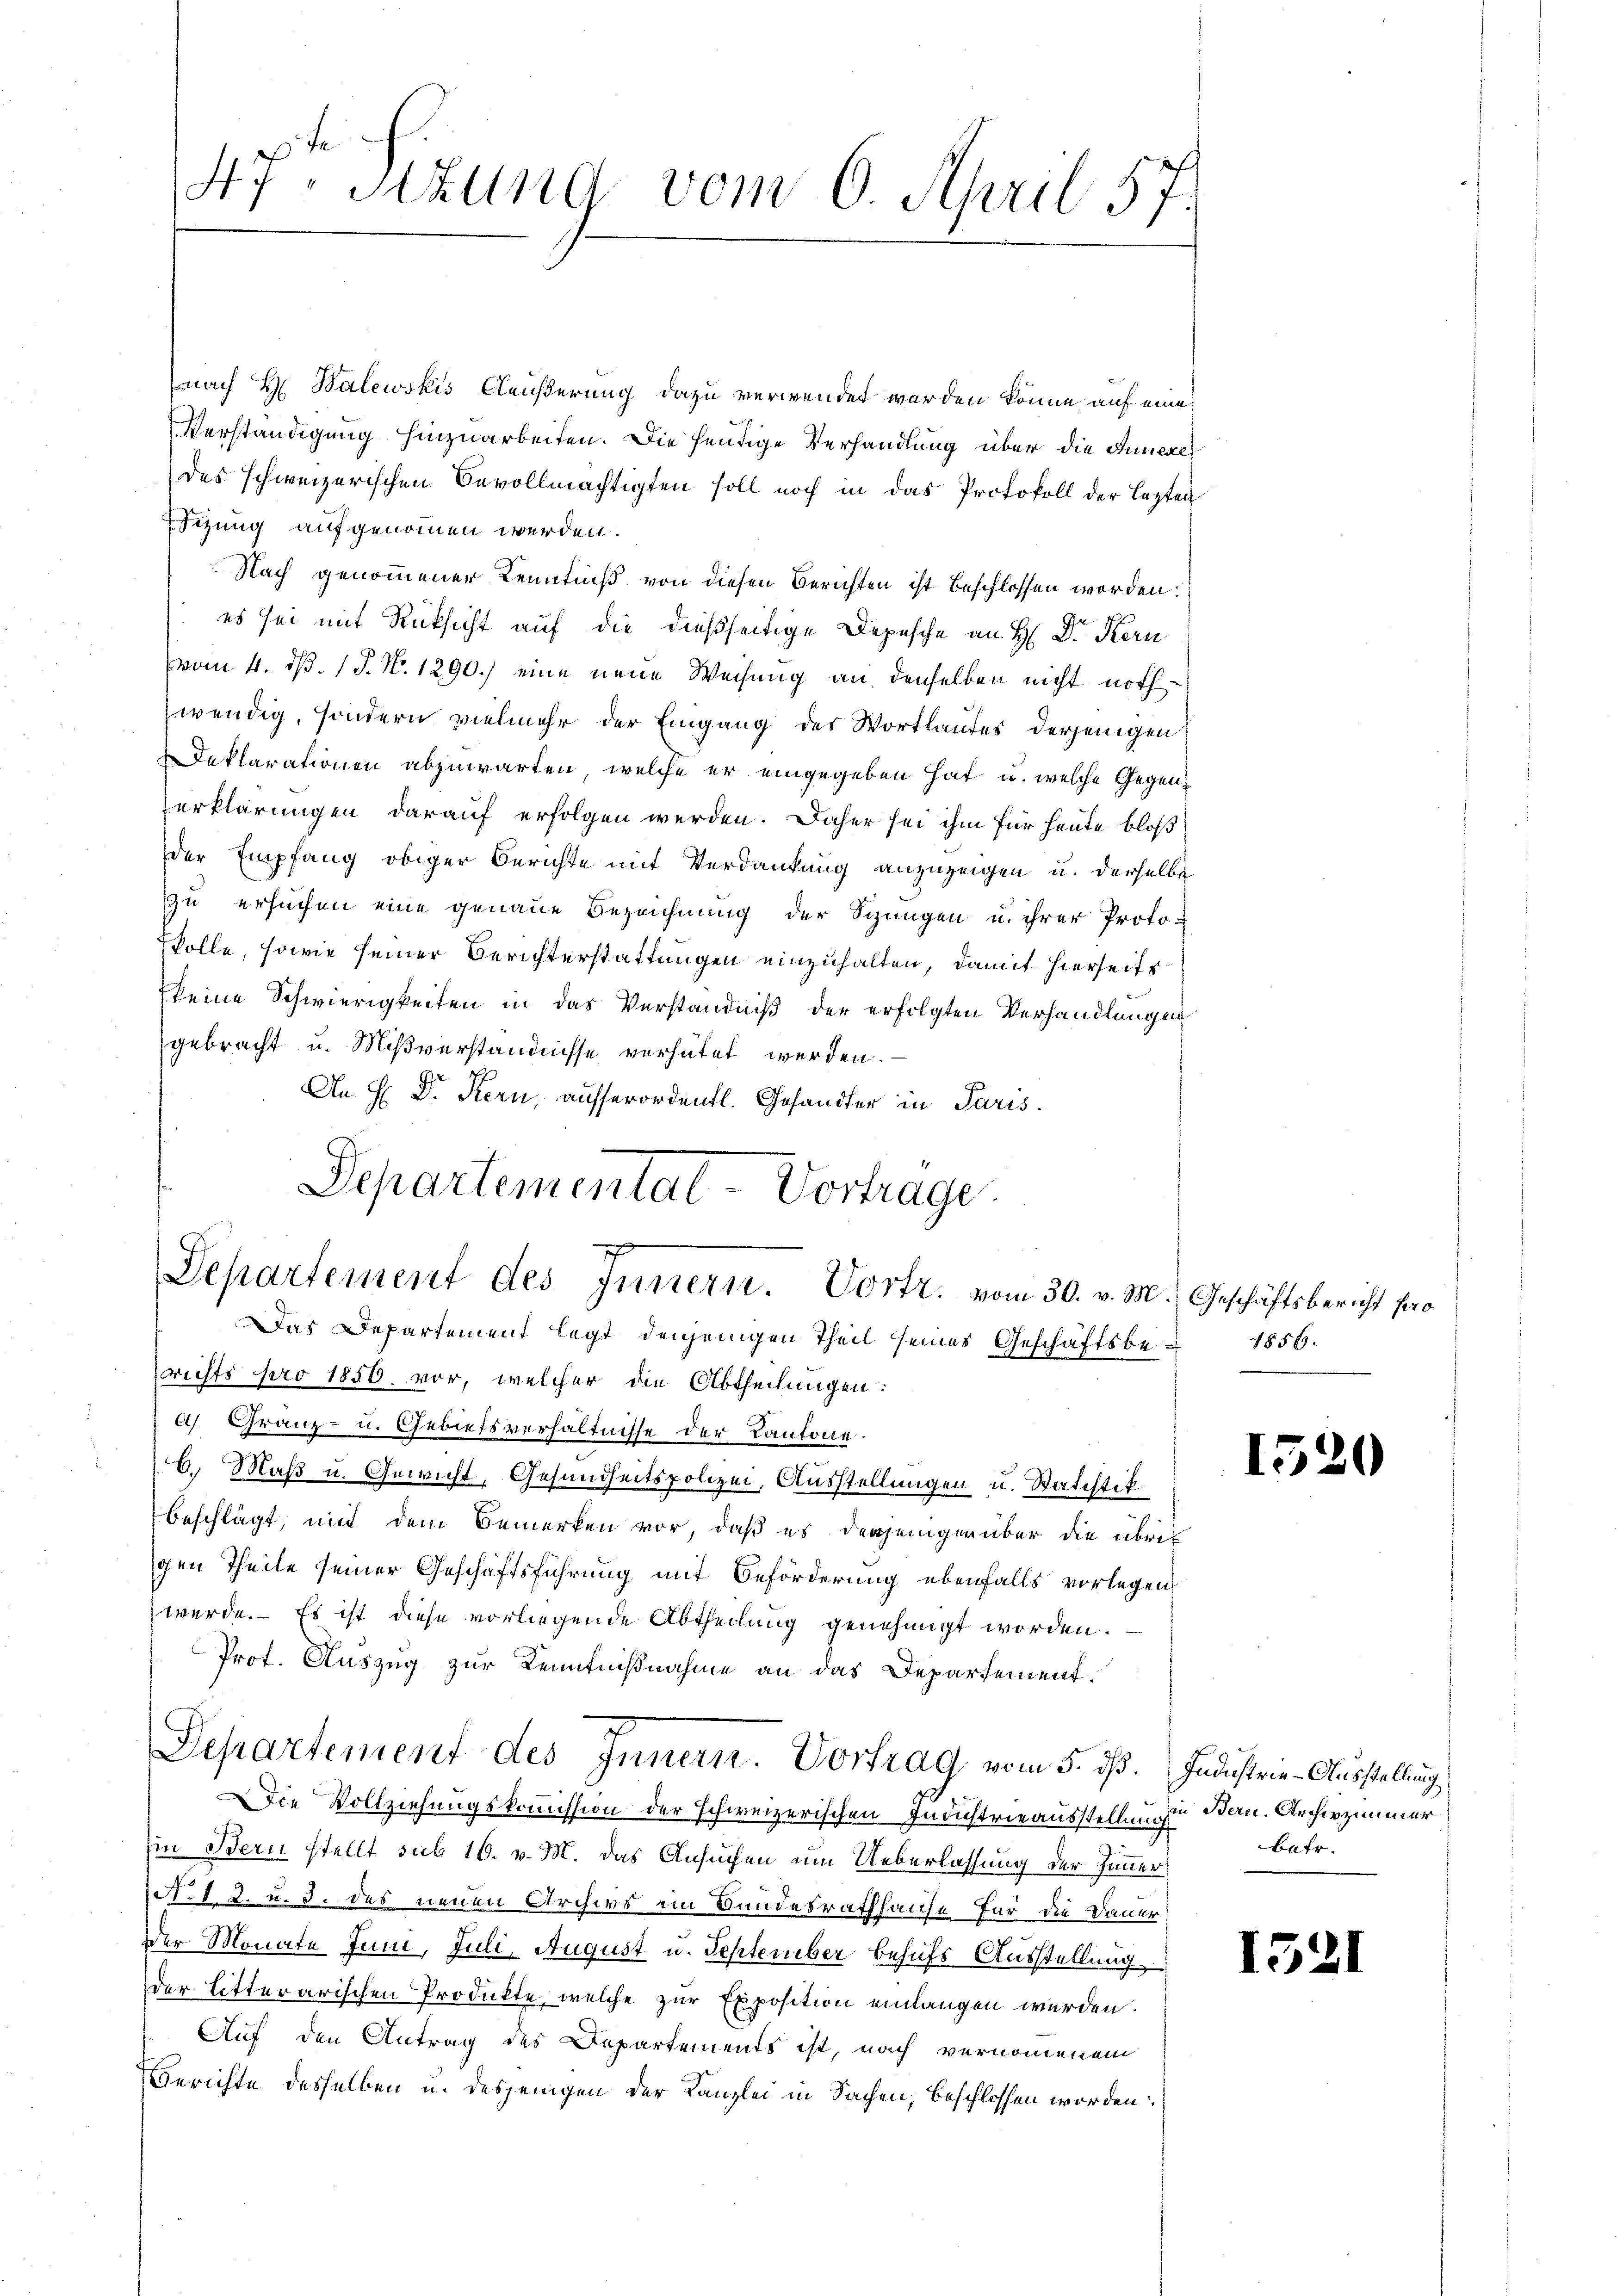
47. Sitzung vom 6. April 57.

nach H. Balewskis Aeußerung dazu verwendet werden könne auf eine
Verständigung hinzuarbeiten. Die heutige Verhandlung über die Innere
des schweizerischen Bevollmächtigten soll noch in das Protokoll der lezten
Sitzung aufgenommen werden.
Nach genommener Kenntniß von diesen Berichten ist beschlossen worden.
es sei mit Rücksicht auf die dießseitige Depesche an H: Dr. Kern
vom 4. d. 1 P. N. 1290.) eine neue Weisung an denselben nicht nothwendig, sondern vielmehr der Eingang des Wortlaufes derjenigen
Deklarationen abzuwarten, welche er eingegeben hat u. welche Gegenerklärungen darauf erfolgen werden. Daher sei ihm für heute bloß
der Empfang obiger Berichte mit Verdankung anzuzeigen u. derselbe
zu ersuchen eine genaue Bezeichnung der Sizungen u. ihrer Proto-
kolle, sowie seiner Berichterstattungen einzuhalten, damit hierseits
keine Schwierigkeiten in das Verständniß der erfolgten Verhandlungen
gebracht u. Mißverständnisse verhütet werden.
An H. Dr. Kern, ausserordentl. Gesandter in Paris.
Das Departement legt denjenigen Theil seines Geschäftsberichts pro 1850 vor, welcher die Abtheilungen:
a) Gränz(...). Gebietsverhältnisse der Kantone.
6. Maß u. Gewicht, Gesundheitspolizei, Ausstellungen u. Statistik
beschlägt, mit dem Bemerken vor, daß es derjenigen über die übrigen Theile seiner Geschäftsführung mit Beförderung ebenfalls vorlegen
werde. Es ist diese vorliegende Abtheilung genehmigt worden.
Prot. Auszug zur Kenntnißnahme an das Departement.
Separtement des Innern. Vortrag vom 5. dß. Industrie-Ausstellung
Die Vollziehungskommission der schweizerischen Industrieausstellung in Bern. Archivzimmer
in Bern stellt sub 16. v. M. das Ansuchen um Ueberlassung der Zimmer
No 1. 2. u. d. des neuen Archivs im Bandesrathhause für die Dauer
Der Monate Juni, Juli, August u. September behufs Ausstellung
der litterarischen Produkte, welche zur Exposition einlangen werden.
Auf den Antrag des Departements ist, nach vernommenem
Berichte desselben u. desjenigen der Kanzlei in Sachen, beschlossen worden:

Separtementat Vortrage
Departement des Innern. Vortr. vom 30. v. M. Geschäftsbericht pro

1856.

1520

1521

batr.